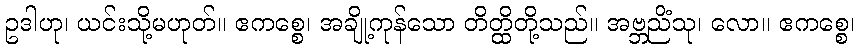
ဥဒါဟု၊ ယင်းသို့မဟုတ်။ ဧကစ္စေ၊ အချို့ကုန်သော တိတ္ထိတို့သည်။ အဗ္ဘညိံသု၊ လော။ ဧကစ္စေ၊